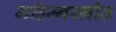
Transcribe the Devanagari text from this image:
महिम्नस्त्रोत